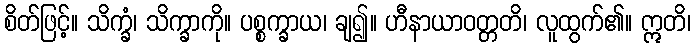
စိတ်ဖြင့်။ သိက္ခံ၊ သိက္ခာကို။ ပစ္စက္ခာယ၊ ချ၍။ ဟီနာယာဝတ္တတိ၊ လူထွက်၏။ ဣတိ၊